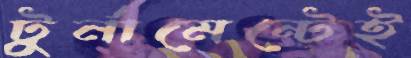
টুর্নামেন্টেই